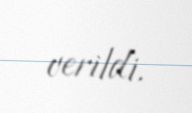
verildi.